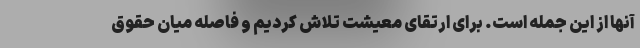
آنها از این جمله است. برای ارتقای معیشت تلاش کردیم و فاصله میان حقوق